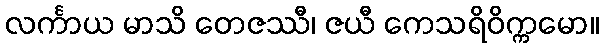
လင်္ကာယ မာသိ တေဇဿီ၊ ဇယီ ကေသရိဝိက္ကမော။